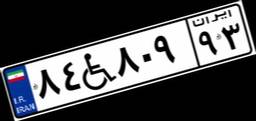
۶۶W۶۸۵۱۳